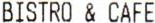
BISTRO & CAFE